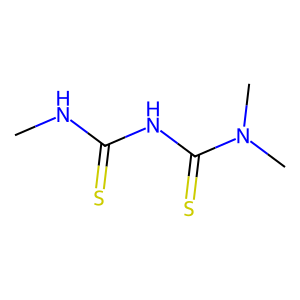
SMILES: CNC(=S)NC(=S)N(C)C
Inhibits HIV replication: No